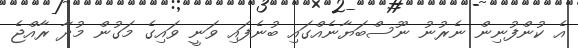
އެ ކުންފުނިން ނެރުނު ނޫސްބަޔާނެއްގައި ބުނެފައި ވަނީ ވައިގެ މަގުން މުދާ ރާއްޖެ